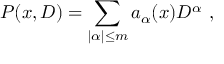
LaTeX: P ( x , D ) = \sum _ { | \alpha | \leq m } a _ { \alpha } ( x ) D ^ { \alpha } \ ,